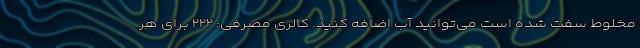
مخلوط سفت شده است می‌توانید آب اضافه کنید. کالری مصرفی: ۲۲۲ برای هر